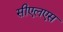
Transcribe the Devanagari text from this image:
सीएलएस